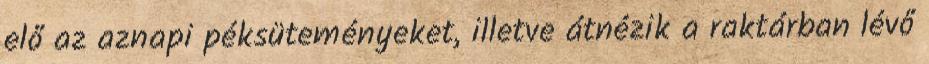
elő az aznapi péksüteményeket, illetve átnézik a raktárban lévő